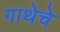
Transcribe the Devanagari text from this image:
गाथेचे